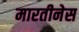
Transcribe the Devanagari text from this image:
मारतीनेस